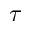
\tau